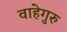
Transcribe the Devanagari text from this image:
वाहेगुरु